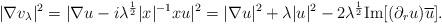
LaTeX: \begin{align*}|\nabla v_\lambda|^2=|\nabla u-i\lambda^{\frac12}|x|^{-1}x u|^2=|\nabla u|^2+\lambda |u|^2-2\lambda^{\frac12} \mbox{Im}[(\partial_r u)\overline u]. \end{align*}